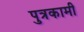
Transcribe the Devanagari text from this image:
पुत्रकामी